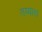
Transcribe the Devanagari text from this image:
तय्यार।